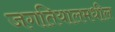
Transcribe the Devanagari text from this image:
जगतियालमधील